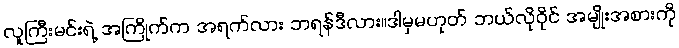
လူကြီးမင်းရဲ့ အကြိုက်က အရက်လား ဘရန်ဒီလား။ဒါမှမဟုတ် ဘယ်လိုဝိုင် အမျိုးအစားကို